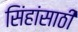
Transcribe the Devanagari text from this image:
सिंहांसाठी